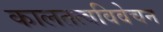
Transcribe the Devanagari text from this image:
कालतत्वविवेचन